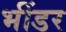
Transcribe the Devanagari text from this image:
भींडर